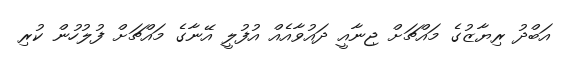
އަބްދު ރިޔާޒުގެ މައްޗަށް ޖިނާއީ ދައުވާއެއް އުފުލީ އޭނާގެ މައްޗަށް ފުލުހުން ކުރި